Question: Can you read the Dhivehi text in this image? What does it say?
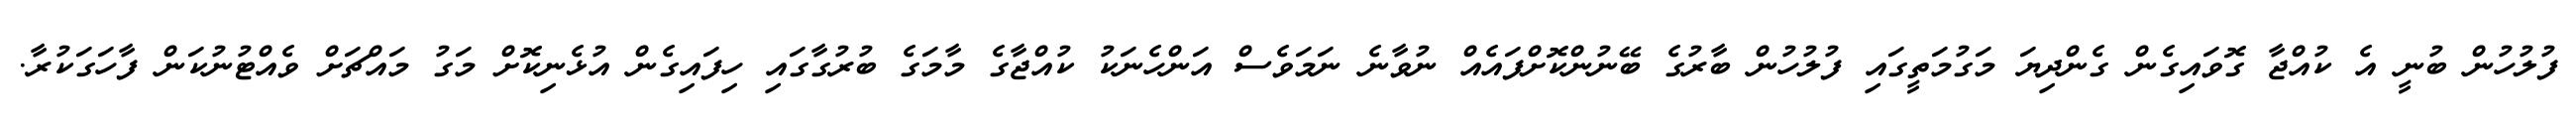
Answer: ފުލުހުން ބުނީ އެ ކުއްޖާ ގޮވައިގެން ގެންދިޔަ މަގުމަތީގައި ފުލުހުން ބާރުގެ ބޭނުންކޮށްފައެއް ނުވާނެ ނަމަވެސް އަންހެނަކު ކުއްޖާގެ މާމަގެ ބުރުގާގައި ހިފައިގެން އުޅެނިކޮށް މަގު މައްޗަށް ވެއްޓުނުކަން ފާހަގަކުރާ.